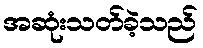
အဆုံးသတ်ခဲ့သည်